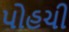
પોહચી